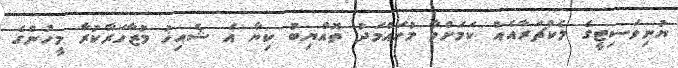
ޔުނިވަސިޓީގެ ލެކްޗަރާއެއް ކަމަށްވާ މުހައްމަދު ތޮއްޔިބު ކިޔާ އެ ޝެއިޚު މުޒާހަރާކުރާ މީހުންގެ